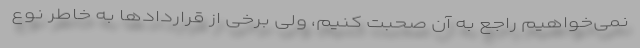
نمی‌خواهیم راجع به آن صحبت کنیم، ولی برخی از قراردادها به خاطر نوع